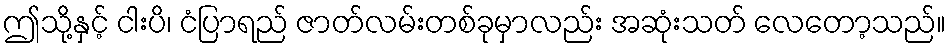
ဤသို့နှင့် ငါးပိ၊ ငံပြာရည် ဇာတ်လမ်းတစ်ခုမှာလည်း အဆုံးသတ် လေတော့သည်။